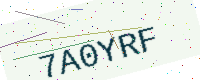
Text: 7A0YRF